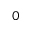
0